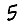
Digit: 5